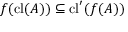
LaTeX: f ( \operatorname { c l } ( A ) ) \subseteq \operatorname { c l } ^ { \prime } ( f ( A ) )